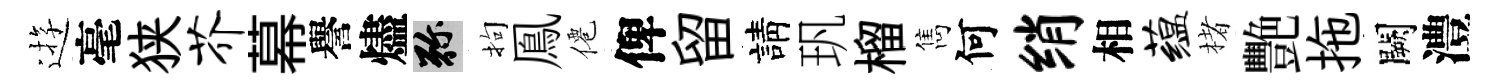
逰毫狭芥幕譽燼弥拘鳯僊俾留請㺬榴雋何绡相蕴楮艷拖闕澧